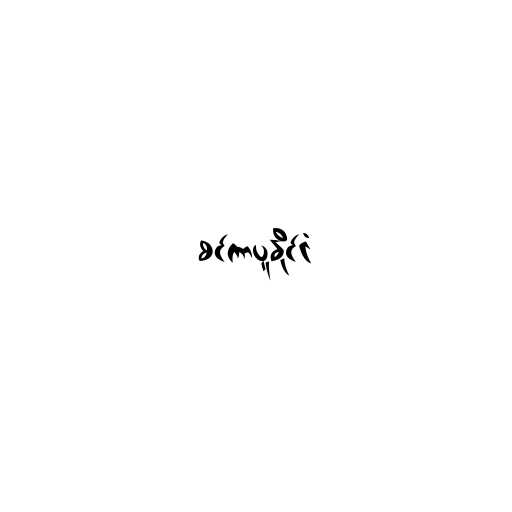
စင်ကာပူနိုင်ငံ